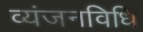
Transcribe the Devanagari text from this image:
व्यंजनविधि